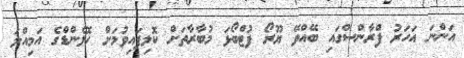
އަންނަ އަހަރު ފްރާންސްގައި ބޭއްވޭ ޔޫރޯ ފުޓްބޯޅަ މުބާރާތަށް ކޮލިފައިވުމަށް ހޮލެންޑްގެ އަމިއްލަ